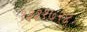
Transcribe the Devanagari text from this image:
१३३१७२४